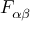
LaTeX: F _ { \alpha \beta }